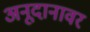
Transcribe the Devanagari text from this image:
अनूदानावर